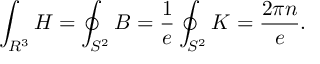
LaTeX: \int _ { R ^ { 3 } } H = \oint _ { S ^ { 2 } } B = \frac { 1 } { e } \oint _ { S ^ { 2 } } K = \frac { 2 \pi n } { e } .